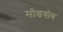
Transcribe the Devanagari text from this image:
मोडवोण